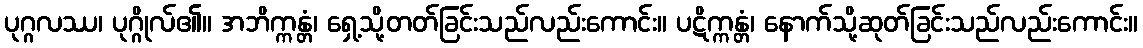
ပုဂ္ဂလဿ၊ ပုဂ္ဂိုလ်၏။ အဘိက္ကန္တံ၊ ရှေ့သို့တတ်ခြင်းသည်လည်းကောင်း။ ပဋိက္ကန္တံ၊ နောက်သို့ဆုတ်ခြင်းသည်လည်းကောင်း။